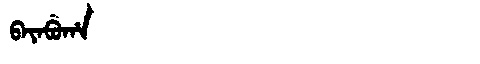
Manchu: ᠪᠠᠶᠠᠪᡠᡥᠠ
Romanization: BAYABUHA